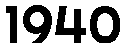
1940